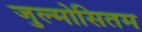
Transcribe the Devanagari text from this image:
जुल्मोसितम